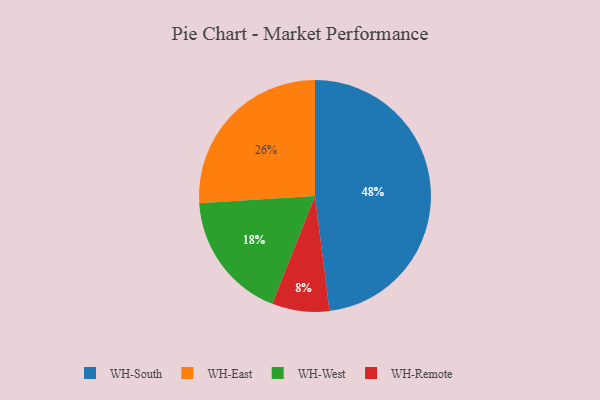
{"axis": {"x": "Category", "y": "Percentage"}, "legend": ["WH-East", "WH-Remote", "WH-South", "WH-West"], "data": [{"x": "WH-East", "y": 26, "type": "WH-East"}, {"x": "WH-Remote", "y": 8, "type": "WH-Remote"}, {"x": "WH-West", "y": 18, "type": "WH-West"}, {"x": "WH-South", "y": 48, "type": "WH-South"}]}